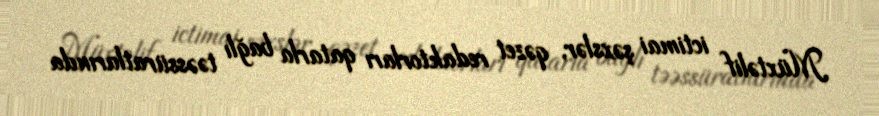
Müxtəlif ictimai şəxslər, qəzet redaktorları qatarla bağlı təəssüratlarında